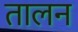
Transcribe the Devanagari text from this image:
तालन